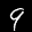
Label: 9